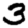
Digit: 3